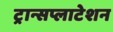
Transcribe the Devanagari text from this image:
ट्रान्सप्लाटेशन